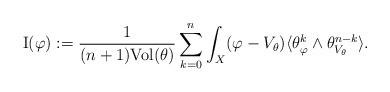
LaTeX: \begin{align*}{\rm I}(\varphi):= \frac{1}{(n+1){\rm Vol}(\theta)}\sum_{k=0}^n \int_X (\varphi-V_{\theta})\langle \theta_{\varphi}^k \wedge \theta_{V_{\theta}}^{n-k}\rangle.\end{align*}